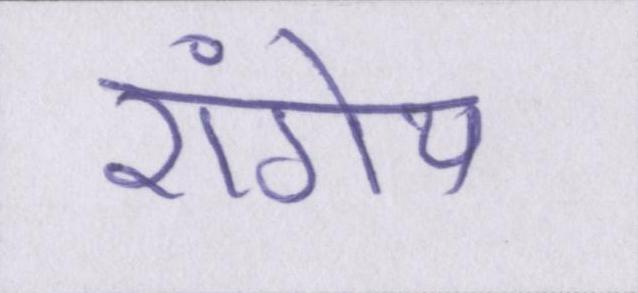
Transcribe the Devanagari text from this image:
रांगेय